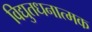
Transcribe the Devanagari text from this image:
विद्युतधनात्मक